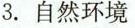
3.自然环境